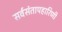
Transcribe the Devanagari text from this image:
सर्वसंतापहारिणी